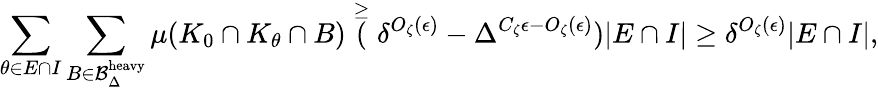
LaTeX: \sum_{\theta\in E\cap I}\sum_{B\in\mathcal{B}_{\Delta}^{\mathrm{heavy}}}\mu(K_{0}\cap K_{\theta}\cap B)\stackrel{\geq}(\delta^{O_{\zeta}(\epsilon)}-\Delta^{C_{\zeta}\epsilon-O_{\zeta}(\epsilon)})|E\cap I|\geq\delta^{O_{\zeta}(\epsilon)}|E\cap I|,